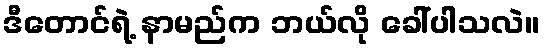
ဒီတောင်ရဲ့ နာမည်က ဘယ်လို ခေါ်ပါသလဲ။